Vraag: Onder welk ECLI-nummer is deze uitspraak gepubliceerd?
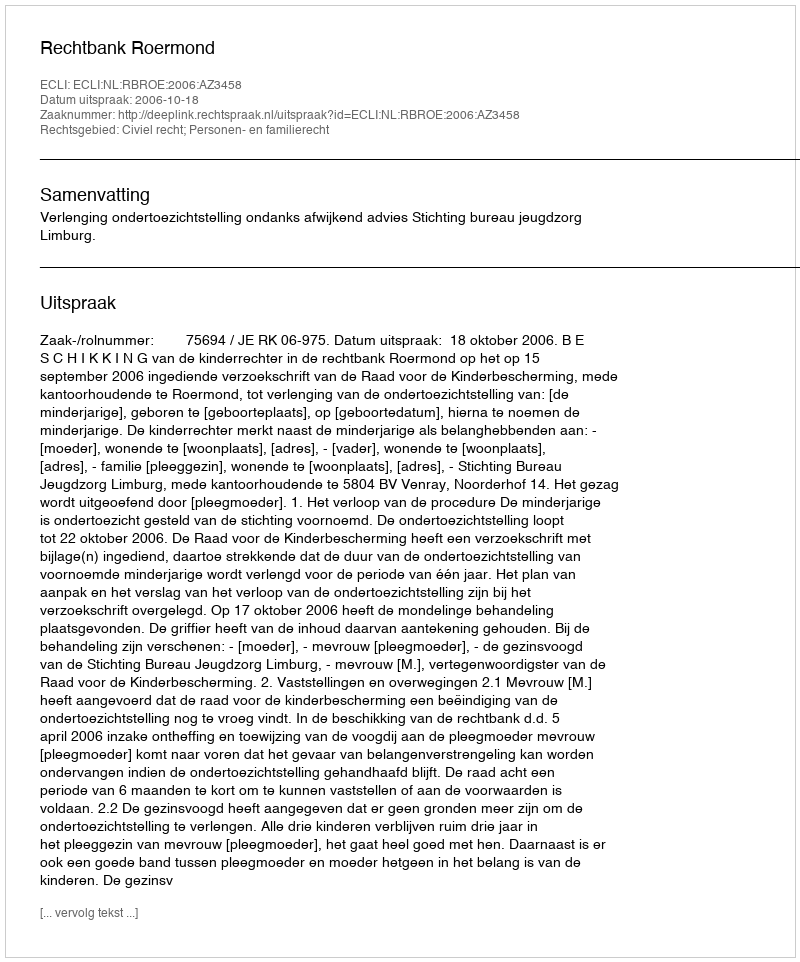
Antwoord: ECLI:NL:RBROE:2006:AZ3458